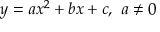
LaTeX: y = a x ^ { 2 } + b x + c , \ a \neq 0